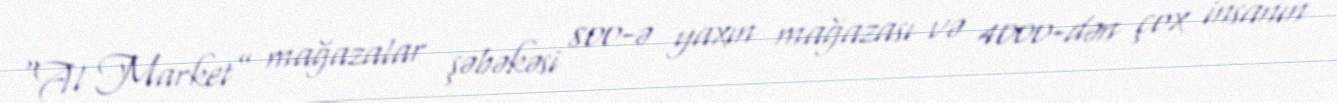
“Al Market” mağazalar şəbəkəsi 800-ə yaxın mağazası və 4000-dən çox insanın